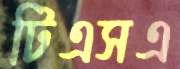
টিএসএ